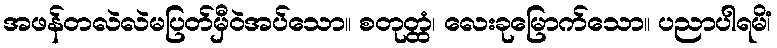
အဖန်တလဲလဲမပြတ်မှီဝဲအပ်သော။ စတုတ္ထံ၊ လေးခုမြောက်သော။ ပညာပါရမိံ၊